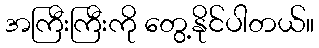
အကြီးကြီးကို တွေ့နိုင်ပါတယ်။